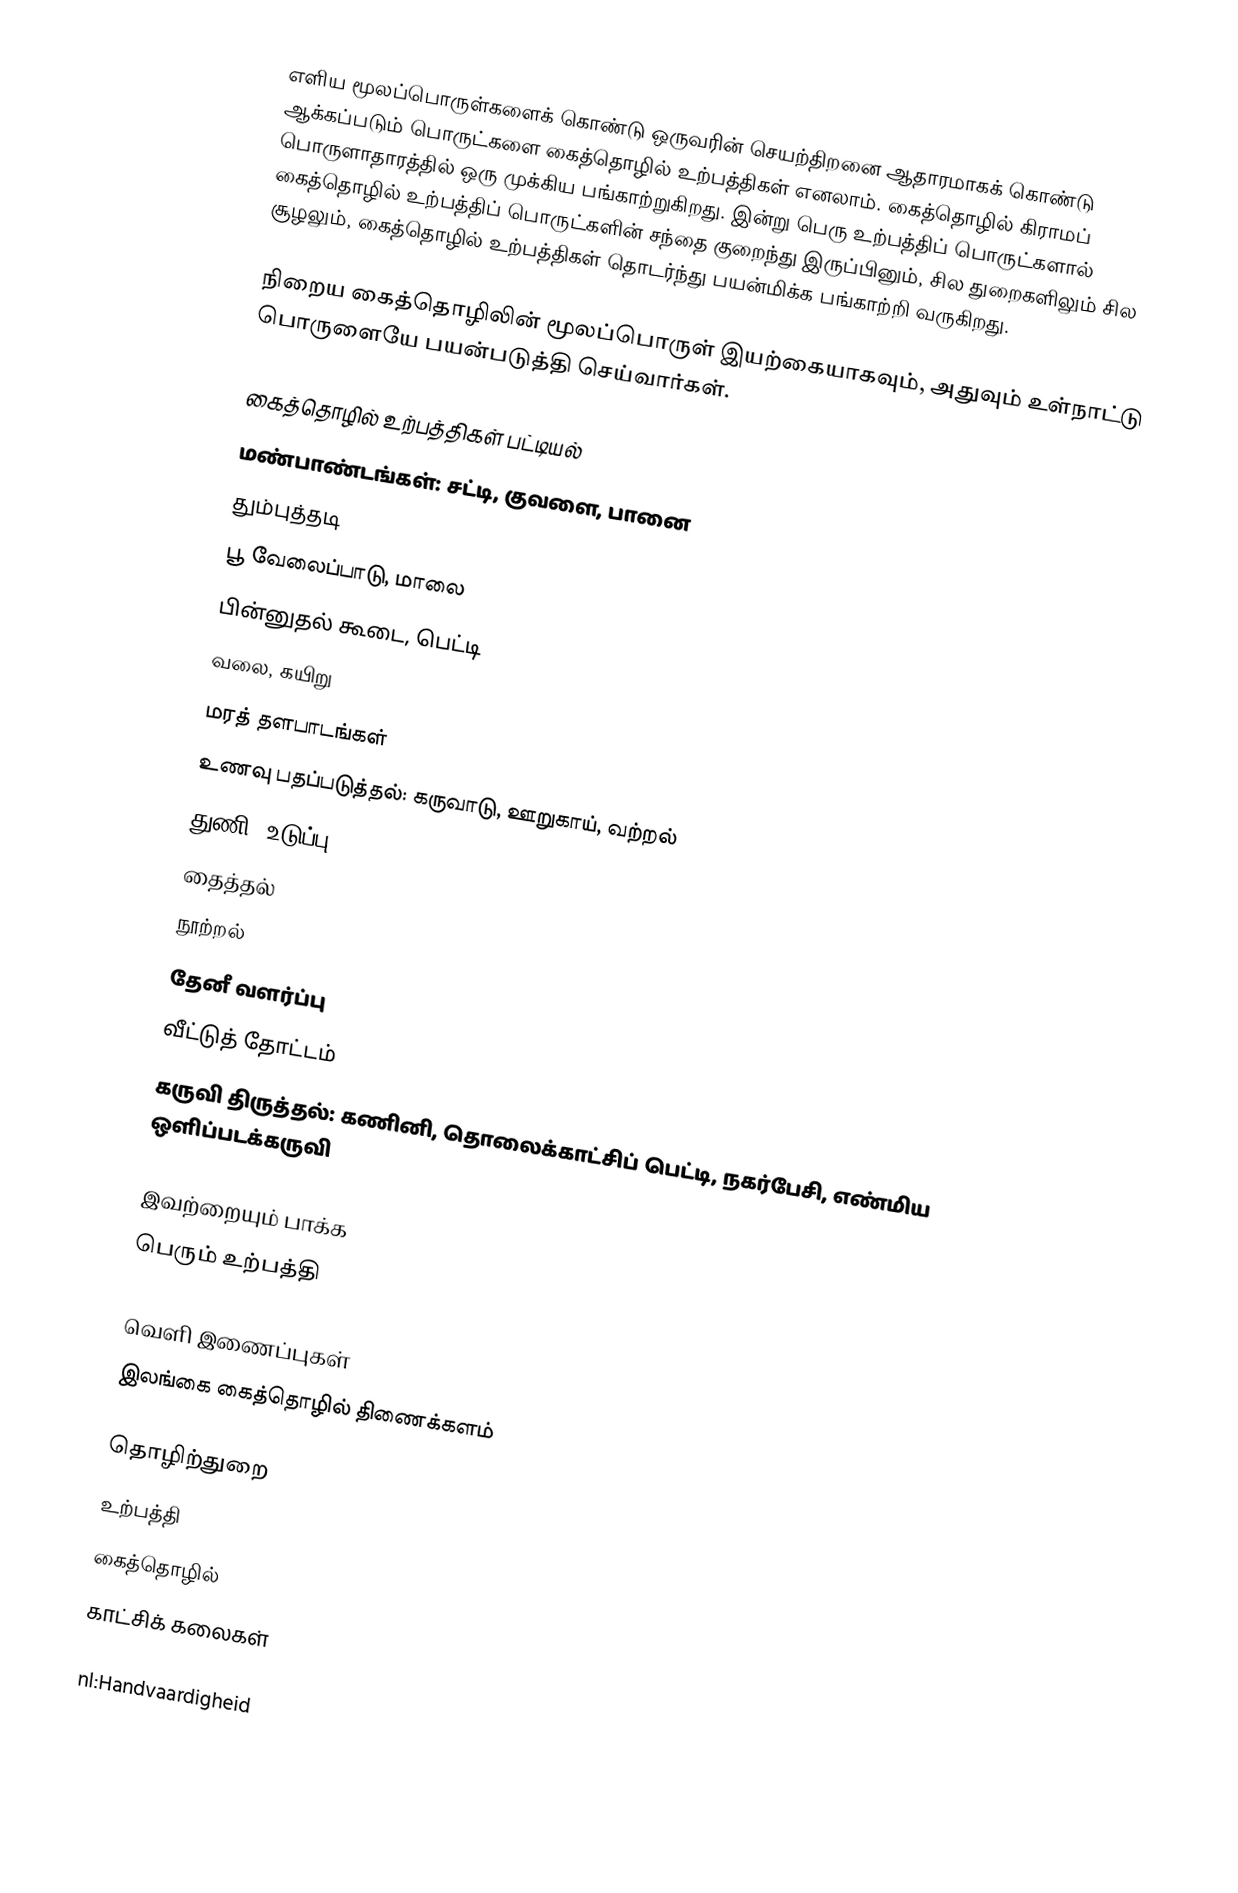
எளிய மூலப்பொருள்களைக் கொண்டு ஒருவரின் செயற்திறனை ஆதாரமாகக் கொண்டு ஆக்கப்படும் பொருட்களை கைத்தொழில் உற்பத்திகள் எனலாம்.  கைத்தொழில் கிராமப் பொருளாதாரத்தில் ஒரு முக்கிய பங்காற்றுகிறது. இன்று பெரு உற்பத்திப் பொருட்களால் கைத்தொழில் உற்பத்திப் பொருட்களின் சந்தை குறைந்து இருப்பினும், சில துறைகளிலும் சில சூழலும், கைத்தொழில் உற்பத்திகள் தொடர்ந்து பயன்மிக்க பங்காற்றி வருகிறது.

நிறைய கைத்தொழிலின் மூலப்பொருள் இயற்கையாகவும், அதுவும் உள்நாட்டு பொருளையே பயன்படுத்தி செய்வார்கள்.

கைத்தொழில் உற்பத்திகள் பட்டியல்
 மண்பாண்டங்கள்: சட்டி, குவளை, பானை
 தும்புத்தடி
  பூ வேலைப்பாடு, மாலை
 பின்னுதல் கூடை, பெட்டி
 வலை, கயிறு
 மரத் தளபாடங்கள்
 உணவு பதப்படுத்தல்: கருவாடு, ஊறுகாய், வற்றல்
 துணி, உடுப்பு
 தைத்தல்
 நூற்றல்
 தேனீ வளர்ப்பு
 வீட்டுத் தோட்டம்
 கருவி திருத்தல்: கணினி, தொலைக்காட்சிப் பெட்டி, நகர்பேசி, எண்மிய ஒளிப்படக்கருவி

இவற்றையும் பாக்க
 பெரும் உற்பத்தி

வெளி இணைப்புகள்
 இலங்கை கைத்தொழில் திணைக்களம்

தொழிற்துறை
உற்பத்தி
கைத்தொழில்
காட்சிக் கலைகள்

nl:Handvaardigheid